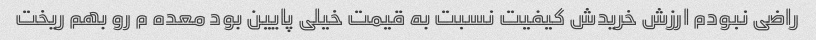
راضی نبودم ارزش خریدش کیفیت نسبت به قیمت خیلی پایین بود معده م رو بهم ریخت